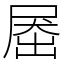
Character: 𡲗